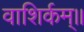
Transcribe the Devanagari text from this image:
वाशिर्कम्॥